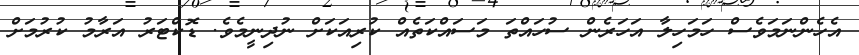
އެހެންނަމަވެސް ހަމަހިލާ އަހަރެން ސުހައްތަ މަސައްކަތެއް ކުރިއަކަށް ނުދިނީމެވެ. ޑޮކްޓަރު އަރާމު ކުރުމަށް